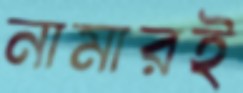
নামারই